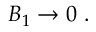
{ \cal B } _ { 1 } \rightarrow 0 \ .